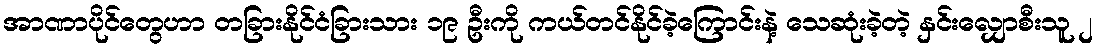
အာဏာပိုင်တွေဟာ တခြားနိုင်ငံခြားသား ၁၉ ဦးကို ကယ်တင်နိုင်ခဲ့ကြောင်းနဲ့ သေဆုံးခဲ့တဲ့ နှင်းလျှောစီးသူ ၂